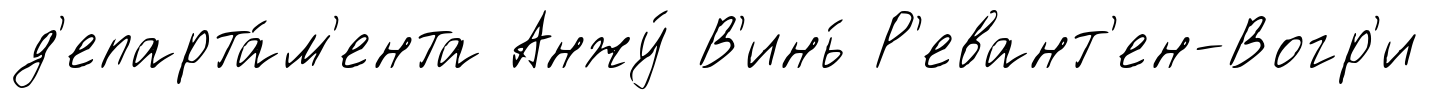
д'епарта́м'ента Анжу́ В'инь́ Р'евант'ен-Вогр'и